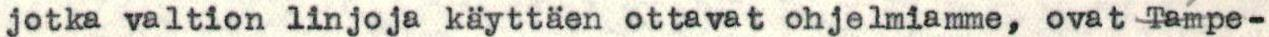
jotka valtion linjoja käyttäen ottavat ohjelmiamme, ovat Tampe-